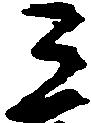
ミ